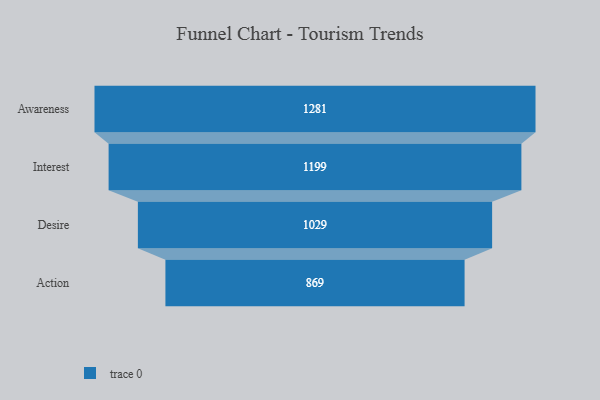
{"axis": {"x": "Stage", "y": "Value"}, "legend": [""], "data": [{"x": "Awareness", "y": 1281.0, "type": ""}, {"x": "Interest", "y": 1199.0, "type": ""}, {"x": "Desire", "y": 1029.0, "type": ""}, {"x": "Action", "y": 869.0, "type": ""}]}